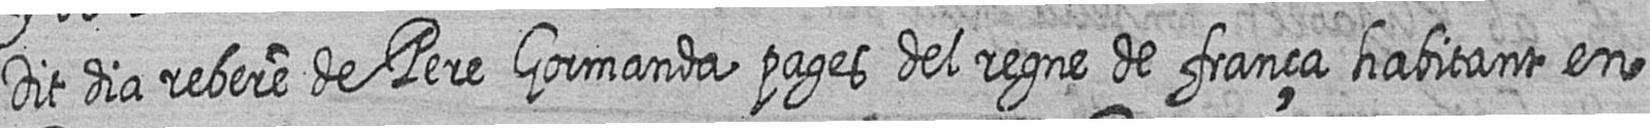
Dit dia rebere de Pere Gormanda pages del regne de frança habitant en